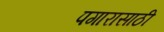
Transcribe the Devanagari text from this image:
पगारासाठी